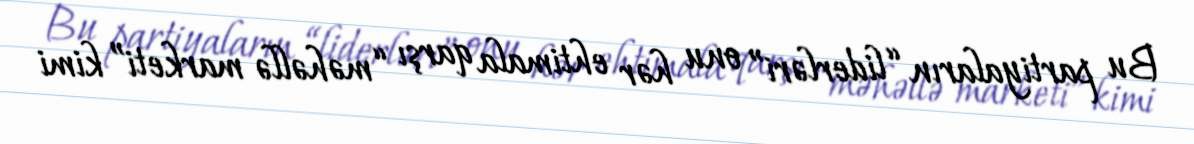
Bu partiyaların “liderləri” onu hər ehtimala qarşı “məhəllə marketi” kimi